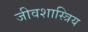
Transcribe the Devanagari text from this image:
जीवशास्त्रिय